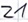
Text: Z1